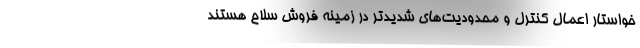
خواستار اعمال کنترل و محدودیت‌های شدیدتر در زمینه فروش سلاح هستند